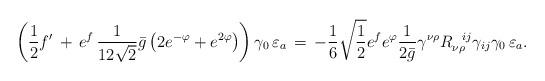
LaTeX: \begin{align*} \left(\frac{1}{2}f^{\prime}\,+\, e^f\,\frac{1}{12\sqrt{2}}\bar{g}\left(2e^{-\varphi}+e^{2\varphi}\right)\right)\gamma_0\,\varepsilon_a \,=\,-\frac{1}{6} \sqrt{\frac{1}{2}}e^fe^{\varphi}\frac{1}{2\bar{g}}\gamma^{\nu \rho}R_{\nu \rho}^{\;\;\;ij}\gamma_{ij}\gamma_0\,\varepsilon_a.\end{align*}